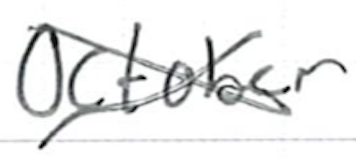
Text: October
Cross-out: cross
Writing tool: ballpoint